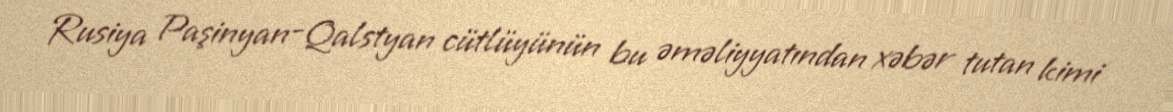
Rusiya Paşinyan-Qalstyan cütlüyünün bu əməliyyatından xəbər tutan kimi